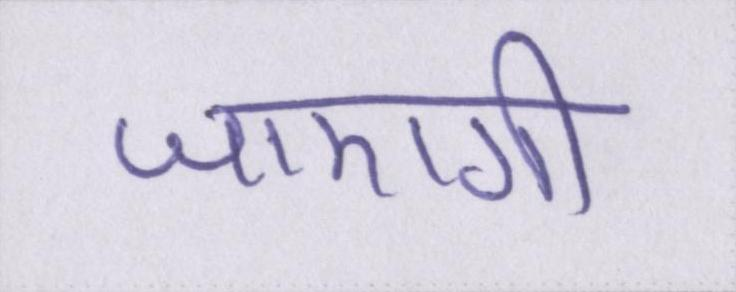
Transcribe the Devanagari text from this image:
जाएगी